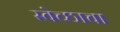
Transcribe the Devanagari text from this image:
स्वेच्छाचा